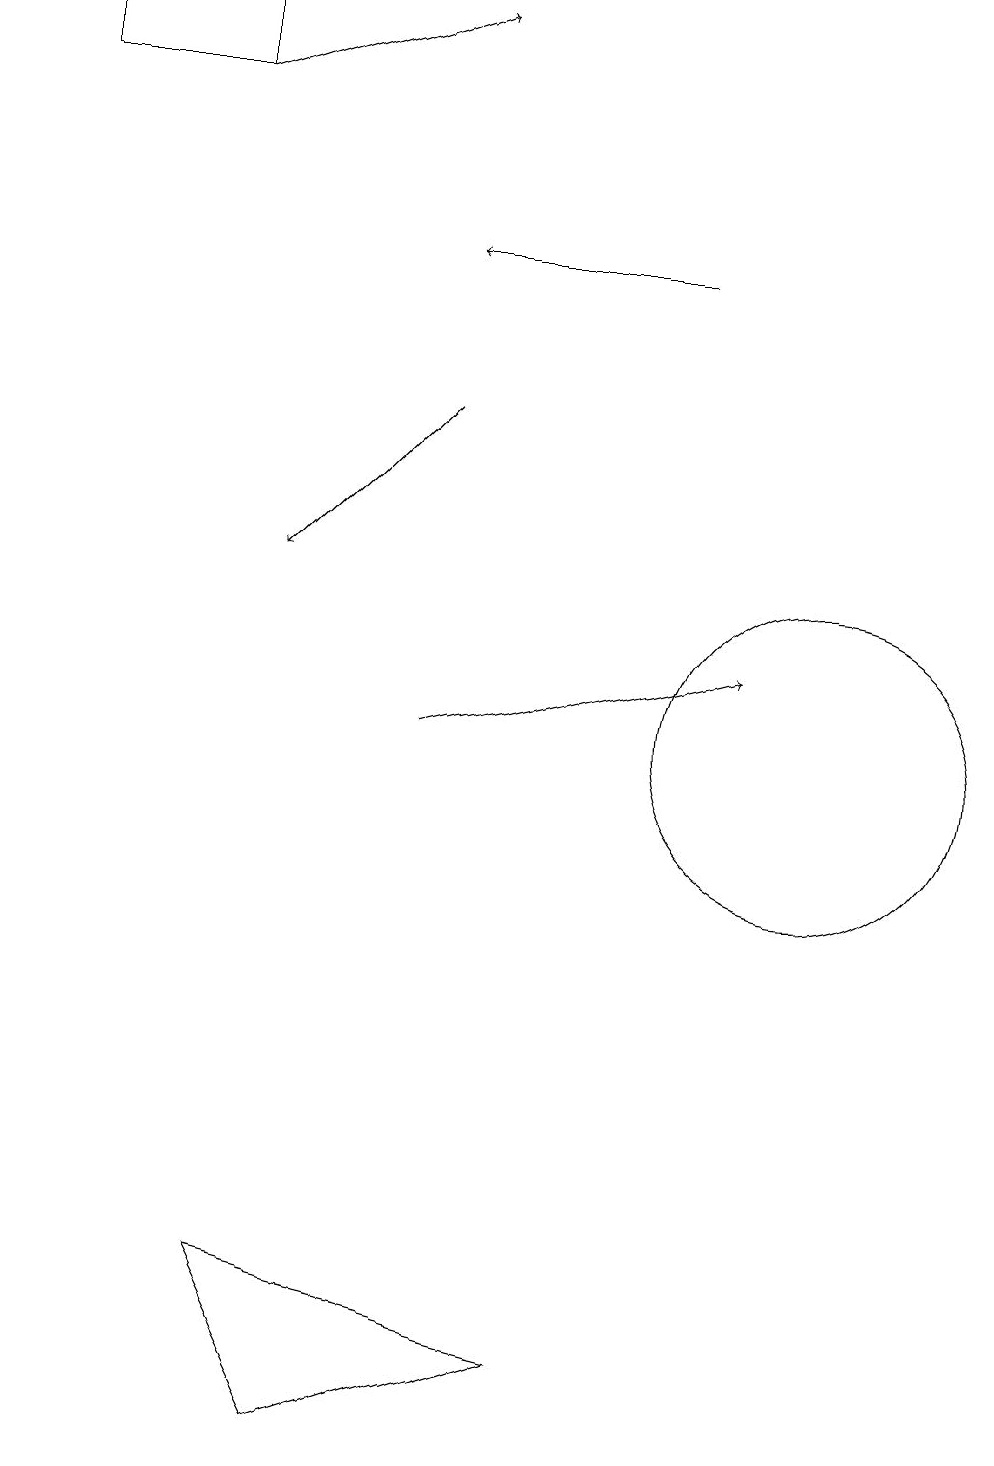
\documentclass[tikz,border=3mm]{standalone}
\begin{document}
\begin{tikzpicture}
\draw (11,11) circle (0);
\draw[->] (5,10) -- (9,11);
\draw (7,2) -- (3,3) -- (4,1) -- cycle;
\draw (10,10) circle (2);
\draw[->] (5,14) -- (3,12);
\draw[->] (2,18) -- (5,19);
\draw (0,19) rectangle (2,18);
\draw[->] (8,16) -- (5,16);
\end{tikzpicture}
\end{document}